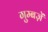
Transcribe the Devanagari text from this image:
गुम्बज़ें